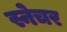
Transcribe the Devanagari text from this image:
स्नेचर